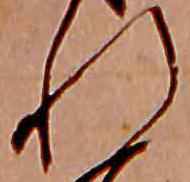
れ